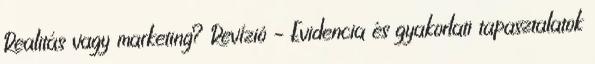
Realitás vagy marketing? Revízió – Evidencia és gyakorlati tapasztalatok